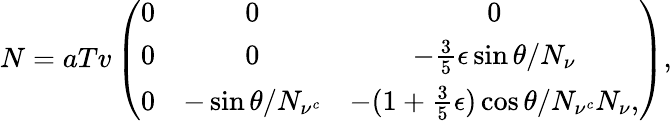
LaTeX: N=aTv\left(\begin{array}{ccc}{{0}}&{{0}}&{{0}}\\ {{0}}&{{0}}&{{-\frac{3}{5}\epsilon\sin\theta/N_{\nu}}}\\ {{0}}&{{-\sin\theta/N_{\nu^{c}}}}&{{-(1+\frac{3}{5}\epsilon)\cos\theta/N_{\nu^{c}}N_{\nu},}}\end{array}\right),